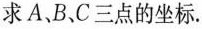
求A、B、C三点的坐标.